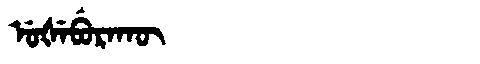
Manchu: ᡠᡧᡝᠪᡠᡵᠠᡴᡡ
Romanization: UŠEBURAKŪ